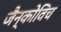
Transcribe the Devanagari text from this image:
जैन्कोविच